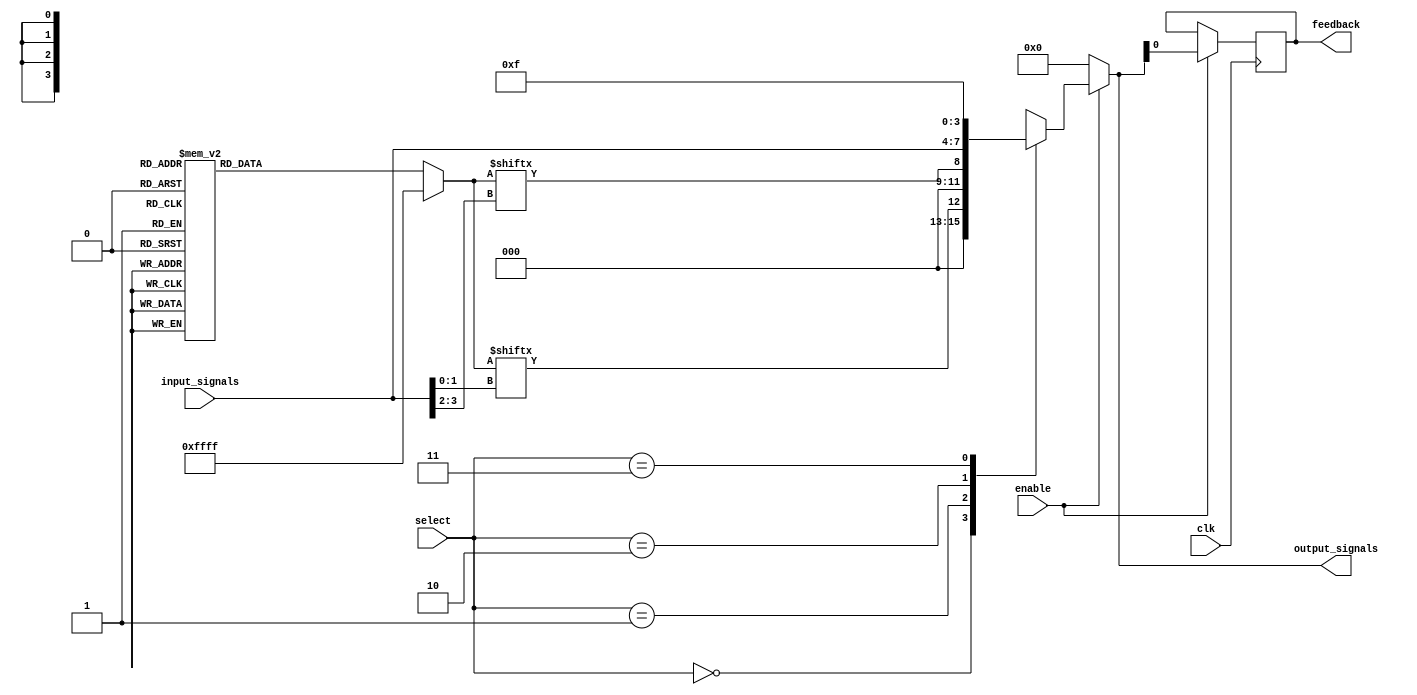
module CLB (
    input wire [3:0] input_signals,  // Input signals (can be external or from other CLBs)
    input wire [1:0] select,          // Control signals for multiplexers
    input wire clk,                   // Clock signal (for synchronous designs)
    input wire enable,                // Enable signal for the CLB
    output reg [3:0] output_signals,  // Output signals
    output reg feedback                // Feedback output
);

// LUT implementation for combinational logic functions
wire [15:0] lut; // Example LUT size for 4 inputs (2^4 = 16)
reg [3:0] lut_mask; // LUT mask to select the function

// Example of a programmable LUT
always @(*) begin
    case (lut_mask)
        4'b0000: lut = 16'h0000; // all outputs = 0
        4'b0001: lut = 16'h0001; // y = a0
        4'b0010: lut = 16'h0002; // y = a1
        4'b0011: lut = 16'h0003; // y = a0 AND a1
        4'b0100: lut = 16'h0004; // y = a2
        4'b0101: lut = 16'h0005; // y = a0 OR a1
        4'b0110: lut = 16'h0006; // y = a1 OR a2
        4'b0111: lut = 16'h0007; // y = a0 XOR a1
        // More functions can be added here
        default: lut = 16'hFFFF;  // Default condition
    endcase
end

// Multiplexer for selecting the output based on control signals
always @(*) begin
    if (enable) begin
        case (select)
            2'b00: output_signals = lut[input_signals[1:0]];
            2'b01: output_signals = lut[input_signals[3:2]];
            2'b10: output_signals = input_signals; // Direct pass-through
            2'b11: output_signals = 4'b1111; // Fixed output
            default: output_signals = 4'b0000;
        endcase
    end else begin
        output_signals = 4'b0000; // Disable outputs when not enabled
    end
end

// Feedback path
always @(posedge clk) begin
    if (enable) begin
        feedback <= output_signals[0]; // Example feedback signal from the output
    end
end

endmodule